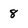
Character: 8